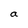
Character: a